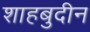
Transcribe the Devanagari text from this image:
शाहबुदीन